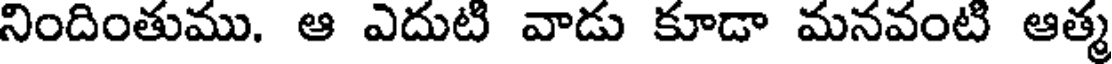
నిందింతుము. ఆ ఎదుటి వాడు కూడా మనవంటి ఆత్మ